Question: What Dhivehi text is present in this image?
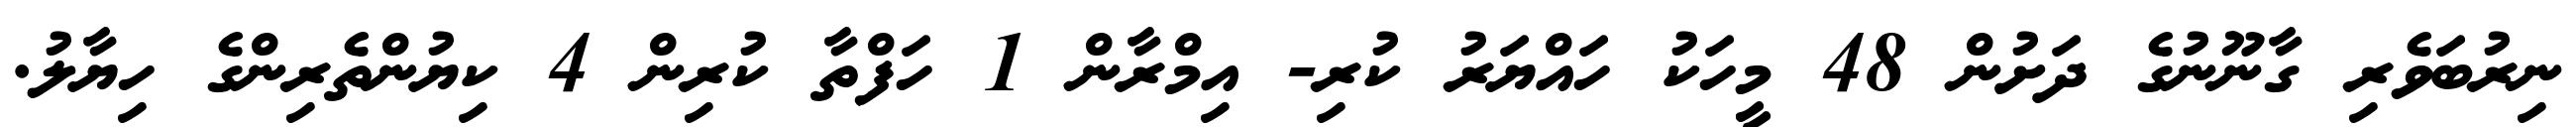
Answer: ނިރުބަވެރި ގާނޫނުގެ ދަށުން 48 މީހަކު ހައްޔަރު ކުރި- އިމްރާން 1 ހަފްތާ ކުރިން 4 ކިޔުންތެރިންގެ ހިޔާލު.